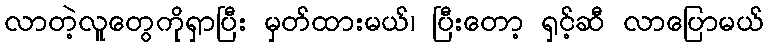
လာတဲ့လူတွေကိုရှာပြီး မှတ်ထားမယ်၊ ပြီးတော့ ရှင့်ဆီ လာပြောမယ်